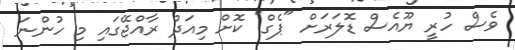
ވެސް ހުރީ ޔޫއެސް ޑޮލަރަށް "ޕެގް" ކޮށް މިއަދު ރާއްޖޭގައި މި ހުންނަ